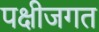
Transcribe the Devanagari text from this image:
पक्षीजगत